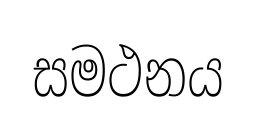
සමථනය